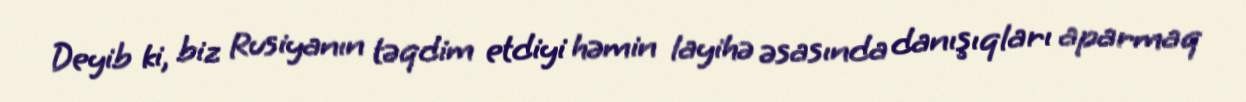
Deyib ki, biz Rusiyanın təqdim etdiyi həmin layihə əsasında danışıqları aparmaq